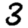
Digit: 3